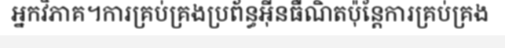
អ្នកវិភាគ។ការគ្រប់គ្រងប្រព័ន្ធអ៊ីនធឺណិតប៉ុន្តែការគ្រប់គ្រង